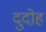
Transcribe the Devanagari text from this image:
दुदोह